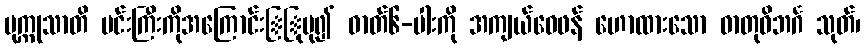
ပုက္ကုသာတိ မင်းကြီးကိုအကြောင်းြြုပု၍ ဓာတ်၆-ပါးကို အကျယ်ဝေဖန် ဟောထားသော ဓာတုဝိဘင်္ဂ သုတ်၊